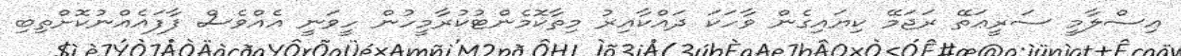
އިސްލާމީ ސަރީޢަތޭ ރަޖަމޭ ކިޔައިގެން ވާހަކަ ދައްކާއިރު މިތާކޮމެންޓުކުރާމީހުން ހީވަނީ އެއްވެސް ފާފައެއްނުކޮށްތިބި